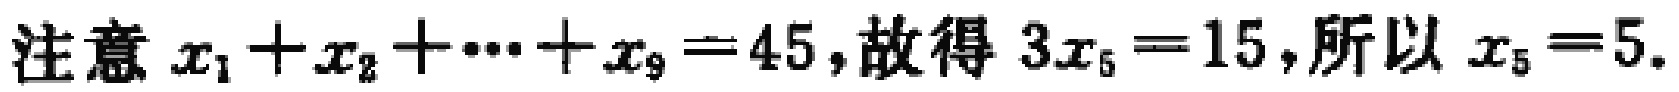
注意 \(x_1 + x_2 + \cdots + x_9 = 45\)，故得 \(3x_5 = 15\)，所以 \(x_5 = 5\)。